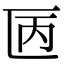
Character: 㔷